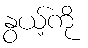
နွယ့်ကို